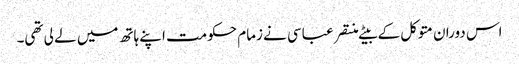
اس دوران متوکل کے بیٹے منتصر عباسی نے زمام حکومت اپنے ہاتھ میں لے لی تھی۔